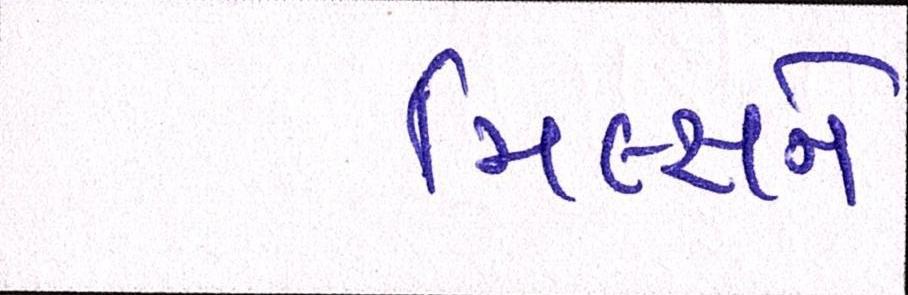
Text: મિલ્સને